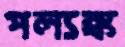
পল্যঙ্ক